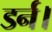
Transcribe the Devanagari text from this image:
डर्न।